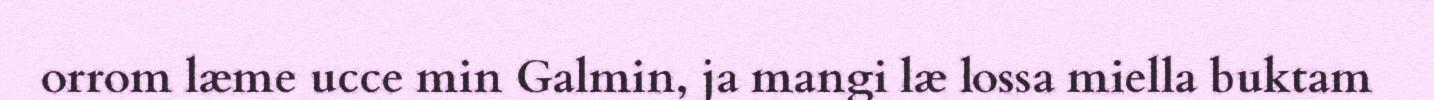
orrom læme ucce min Galmin, ja mangi læ lossa miella buktam